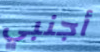
أجنبي